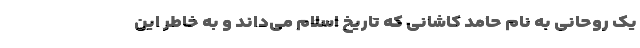
یک روحانی به نام حامد کاشانی که تاریخ اسلام می‌داند و به خاطر این